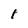
Character: 1